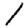
Digit: 1